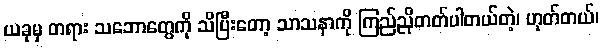
ယခုမှ တရား သဘောတွေကို သိပြီးတော့ သာသနာကို ကြည်ညိုတတ်ပါတယ်တဲ့၊ ဟုတ်တယ်၊